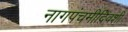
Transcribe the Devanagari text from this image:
नागपंचमीदिवशी